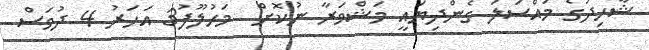
ޝާހިދުގެ މައްސަލަ ގެންދިޔައީ މަޝްވަރާ ނުކޮށް  މަހުލޫފު3 އަހަރު 4 ދުވަސް